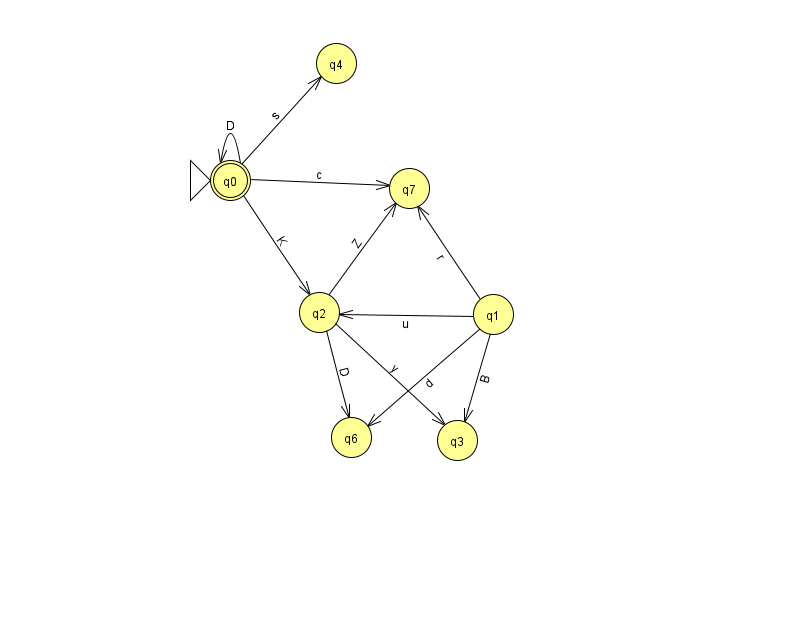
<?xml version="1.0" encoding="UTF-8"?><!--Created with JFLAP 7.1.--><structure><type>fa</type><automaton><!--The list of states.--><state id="0" name="q0"><x>230.0</x><y>167.0</y><initial/><final/></state><state id="1" name="q1"><x>493.0</x><y>301.0</y></state><state id="2" name="q2"><x>319.0</x><y>299.0</y></state><state id="3" name="q3"><x>457.0</x><y>427.0</y></state><state id="4" name="q4"><x>336.0</x><y>50.0</y></state><state id="6" name="q6"><x>351.0</x><y>424.0</y></state><state id="7" name="q7"><x>409.0</x><y>175.0</y></state><!--The list of transitions.--><transition><from>0</from><to>4</to><read>s</read></transition><transition><from>0</from><to>2</to><read>K</read></transition><transition><from>2</from><to>6</to><read>D</read></transition><transition><from>0</from><to>0</to><read>D</read></transition><transition><from>1</from><to>2</to><read>u</read></transition><transition><from>2</from><to>3</to><read>y</read></transition><transition><from>0</from><to>7</to><read>c</read></transition><transition><from>2</from><to>7</to><read>Z</read></transition><transition><from>1</from><to>6</to><read>d</read></transition><transition><from>1</from><to>7</to><read>r</read></transition><transition><from>1</from><to>3</to><read>B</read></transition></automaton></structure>